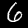
Digit: 6